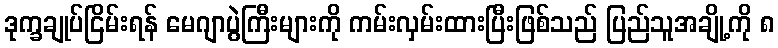
ဒုက္ခချုပ်ငြိမ်းရန် မေဂျာပွဲကြီးများကို ကမ်းလှမ်းထားပြီးဖြစ်သည် ပြည်သူအချို့ကို ၈